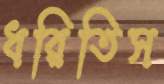
ধরিতিস